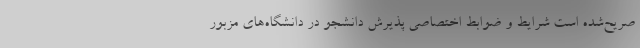
صریح‌شده است شرایط و ضوابط اختصاصی پذیرش دانشجو در دانشگاه‌های مزبور